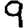
Digit: 9